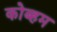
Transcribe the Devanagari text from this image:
कोब्हम